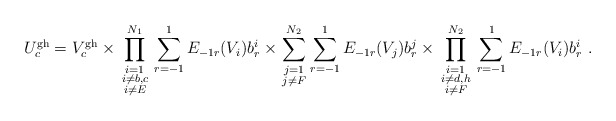
\begin{align*}U^{\rm gh}_c = V_c^{\rm gh}\times \prod_{\scriptstyle i=1\atop {\scriptstyle i\neq b,c\atop\scriptstyle i\neq E}}^{N_1}\sum_{r=-1}^1E_{-1r}(V_i)b_r^i\times \sum_{\scriptstyle j=1\atop\scriptstyle j\neq F}^{N_2}\sum_{r=-1}^1E_{-1r}(V_j)b_r^j \times \prod_{\scriptstyle i=1\atop{\scriptstyle i\neq d,h\atop \scriptstyle i\neq F}}^{N_2}\sum_{r=-1}^1E_{-1r}(V_i)b_r^i\ .\end{align*}